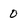
Character: 0